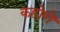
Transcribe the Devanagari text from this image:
कहोगे